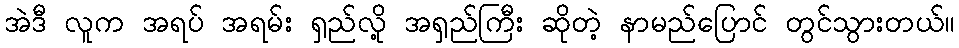
အဲဒီ လူက အရပ် အရမ်း ရှည်လို့ အရှည်ကြီး ဆိုတဲ့ နာမည်ပြောင် တွင်သွားတယ်။